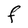
Character: F